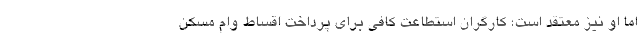
اما او نیز معتقد است؛ کارگران استطاعت کافی برای پرداخت اقساط وام مسکن